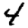
Digit: 4